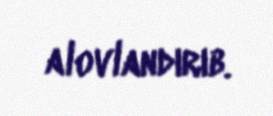
alovlandırıb.